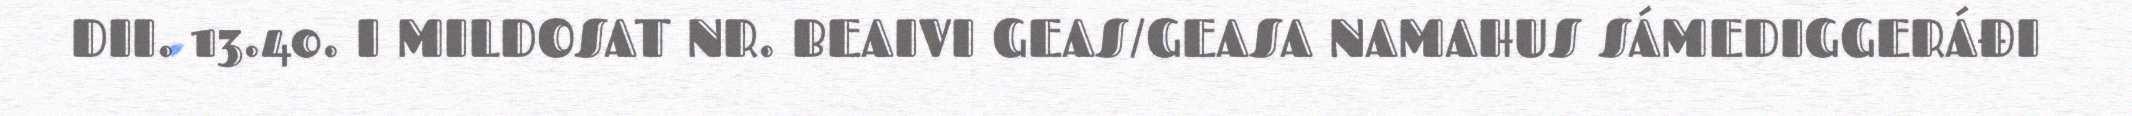
DII. 13.40. I MILDOSAT NR. BEAIVI GEAS/GEASA NAMAHUS SÁMEDIGGERÁĐI